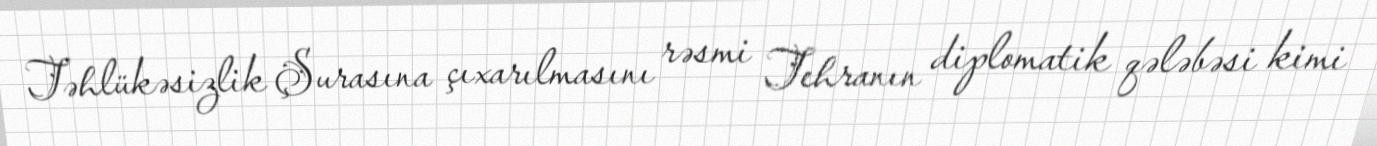
Təhlükəsizlik Şurasına çıxarılmasını rəsmi Tehranın diplomatik qələbəsi kimi